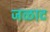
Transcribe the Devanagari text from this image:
जळाट